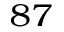
^ { 8 7 }